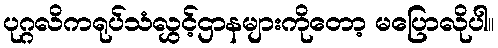
ပုဂ္ဂလိကရုပ်သံလွှင့်ဌာနများကိုတော့ မပြောလိုပါ။